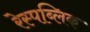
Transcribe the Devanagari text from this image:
रेस्पब्लिक